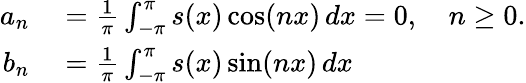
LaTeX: \begin{array}{rl}{a_{n}}&{{}={\frac{1}{\pi}}\int_{-\pi}^{\pi}s(x)\cos(nx)\, dx=0,\quad n\geq 0.}\\ {b_{n}}&{{}={\frac{1}{\pi}}\int_{-\pi}^{\pi}s(x)\sin(nx)\, dx}\end{array}